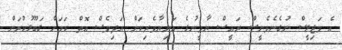
އެ މަޖިލީސް ނުގެނެވެނީސް ރައީސް ޔާމީނުގެ އަނިޔާވެރިކަން އަދިވެސް އޮތް ކަމަށް ގަބޫލުކުރަން